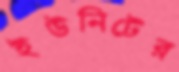
ইউনিটের